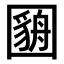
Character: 𫭓